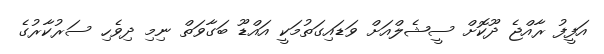
އަފީފު ރާއްޖެ ދޫކޮށް ސީޝެލްއަށް ވަޑައިގަތުމަކީ އައްޑޫ ބަގާވަތް ނިމި ދިވެހި ސަރުކާރުގެ